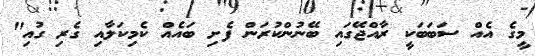
މީގެ އެއް ސަބަބަކީ ރާއްޖޭގައި ބޭނުންކުރަން ފެށި ބައެއް ކެމިކަލާއި ގެރި ގުއި"